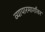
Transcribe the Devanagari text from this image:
व्यापारमार्गांवर